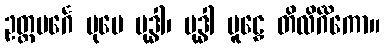
ဥတ္တမင်္ဂေ ပုမေ မုဒ္ဓါ၊ မုဒ္ဓါ မူဠှေ တိလိင်္ဂိကော။